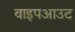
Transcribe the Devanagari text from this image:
वाइपआउट